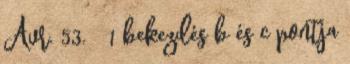
Ávr. 53. § 1 bekezdés b és c pontja